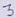
Text: 3